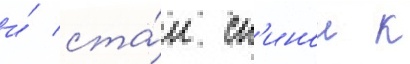
и́ ста́л сп'инои к